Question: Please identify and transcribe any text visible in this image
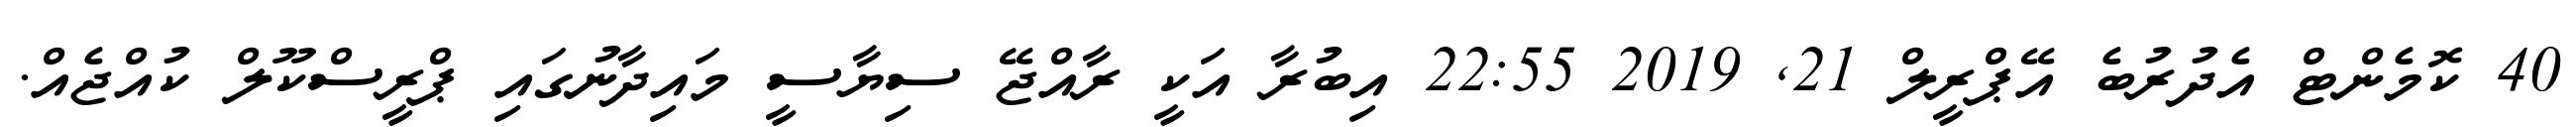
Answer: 40 ކޮމެންޓް އެދުރުބެ އޭޕްރީލް 21, 2019 22:55 އިބުރާ އަކީ ރާއްޖޭ ސިޔާސީ މައިދާނުގައި ޕްރީސްކޫލް ކުއްޖެއް.